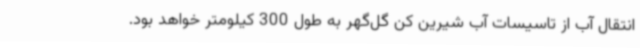
انتقال آب از تاسیسات آب شیرین کن گل‌گهر به طول 300 کیلومتر خواهد بود.